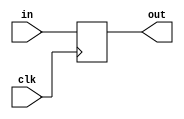
//write your code here.
module df (input wire clk, in, output wire out);
  reg df_out;
  always@(posedge clk) df_out <= in;
  assign out = df_out;
endmodule

module invert (input wire i, output wire o);
   assign o = !i;
endmodule

module and2 (input wire i0, i1, output wire o);
  assign o = i0 & i1;
endmodule

module dfr (input wire clk, reset, in, output wire out);
  wire reset_, df_in;
  invert invert_0 (reset, reset_);
  and2 and2_0 (in, reset_, df_in);
  df df_0 (clk, df_in, out);
endmodule

module dfrl (input wire clk, reset, load, in, output wire out);
  wire _in;
  mux2 mux2_0(out, in, load, _in);
  dfr dfr_1(clk, reset, _in, out);
endmodule

module dfrl_16(input wire clk,reset,load,input wire [0:15] in,output wire [0:15] out);
dfrl _f0(clk,reset,load,in[0],out[0]);
dfrl _f1(clk,reset,load,in[1],out[1]);
dfrl _f2(clk,reset,load,in[2],out[2]);
dfrl _f3(clk,reset,load,in[3],out[3]);
dfrl _f4(clk,reset,load,in[4],out[4]); 
dfrl _f5(clk,reset,load,in[5],out[5]);
dfrl _f6(clk,reset,load,in[6],out[6]);
dfrl _f7(clk,reset,load,in[7],out[7]);
dfrl _f8(clk,reset,load,in[8],out[8]);
dfrl _f9(clk,reset,load,in[9],out[9]);
dfrl _f10(clk,reset,load,in[10],out[10]);
dfrl _f11(clk,reset,load,in[11],out[11]);
dfrl _f12(clk,reset,load,in[12],out[12]);
dfrl _f13(clk,reset,load,in[13],out[13]);
dfrl _f14(clk,reset,load,in[14],out[14]);
dfrl _f15(clk,reset,load,in[15],out[15]);

endmodule

module mux2 (input wire i0, i1, j, output wire o);
  assign o = (j==0)?i0:i1;
endmodule

module mux4 (input wire [0:3] i, input wire j1, j0, output wire o);
  wire  t0, t1;
  mux2 mux2_0 (i[0], i[1], j1, t0);
  mux2 mux2_1 (i[2], i[3], j1, t1);
  mux2 mux2_2 (t0, t1, j0, o);
endmodule

module mux8 (input wire [0:7] i, input wire j2, j1, j0, output wire o);
  wire  t0, t1;
  mux4 mux4_0 (i[0:3], j2, j1, t0);
  mux4 mux4_1 (i[4:7], j2, j1, t1);
  mux2 mux2_0 (t0, t1, j0, o);
endmodule

module mux8_16 (input wire[0:15] i0,i1,i2,i3,i4,i5,i6,i7,input wire [0:2] j,output wire [0:15] o);
mux8 mux8_0({i0[0],i1[0],i2[0],i3[0],i4[0],i5[0],i6[0],i7[0]},j[0],j[1],j[2],o[0]);
mux8 mux8_1({i0[1],i1[1],i2[1],i3[1],i4[1],i5[1],i6[1],i7[1]},j[0],j[1],j[2],o[1]);
mux8 mux8_2({i0[2],i1[2],i2[2],i3[2],i4[2],i5[2],i6[2],i7[2]},j[0],j[1],j[2],o[2]);
mux8 mux8_3({i0[3],i1[3],i2[3],i3[3],i4[3],i5[3],i6[3],i7[3]},j[0],j[1],j[2],o[3]);
mux8 mux8_4({i0[4],i1[4],i2[4],i3[4],i4[4],i5[4],i6[4],i7[4]},j[0],j[1],j[2],o[4]);
mux8 mux8_5({i0[5],i1[5],i2[5],i3[5],i4[5],i5[5],i6[5],i7[5]},j[0],j[1],j[2],o[5]);
mux8 mux8_6({i0[6],i1[6],i2[6],i3[6],i4[6],i5[6],i6[6],i7[6]},j[0],j[1],j[2],o[6]);
mux8 mux8_7({i0[7],i1[7],i2[7],i3[7],i4[7],i5[7],i6[7],i7[7]},j[0],j[1],j[2],o[7]);
mux8 mux8_8({i0[8],i1[8],i2[8],i3[8],i4[8],i5[8],i6[8],i7[8]},j[0],j[1],j[2],o[8]);
mux8 mux8_9({i0[9],i1[9],i2[9],i3[9],i4[9],i5[9],i6[9],i7[9]},j[0],j[1],j[2],o[9]);
mux8 mux8_10({i0[10], i1[10], i2[10], i3[10], i4[10], i5[10], i6[10], i7[10]},j[0], j[1], j[2], o[10]);
mux8 mux8_11({i0[11], i1[11], i2[11], i3[11], i4[11], i5[11], i6[11], i7[11]},j[0], j[1], j[2], o[11]);
mux8 mux8_12({i0[12], i1[12], i2[12], i3[12], i4[12], i5[12], i6[12], i7[12]},j[0], j[1], j[2], o[12]);
mux8 mux8_13({i0[13], i1[13], i2[13], i3[13], i4[13], i5[13], i6[13], i7[13]},j[0], j[1], j[2], o[13]);
mux8 mux8_14({i0[14], i1[14], i2[14], i3[14], i4[14], i5[14], i6[14], i7[14]},j[14], j[1], j[2], o[14]);
mux8 mux8_15({i0[15], i1[15], i2[15], i3[15], i4[15], i5[15], i6[15], i7[15]},j[0], j[1], j[2], o[15]);

endmodule

module demux2 (input wire i, j, output wire o0, o1);
  assign o0 = (j==0)?i:1'b0;
  assign o1 = (j==1)?i:1'b0;
endmodule

module demux4 (input wire i, j1, j0, output wire [0:3] o);
  wire  t0, t1;
  demux2 demux2_0 (i, j1, t0, t1);
  demux2 demux2_1 (t0, j0, o[0], o[1]);
  demux2 demux2_2 (t1, j0, o[2], o[3]);
endmodule

module demux8 (input wire i, j2, j1, j0, output wire [0:7] o);
  wire  t0, t1;
  demux2 demux2_0 (i, j2, t0, t1);
  demux4 demux4_0 (t0, j1, j0, o[0:3]);
  demux4 demux4_1 (t1, j1, j0, o[4:7]);
endmodule

module reg_file (input wire clk, reset, wr, input wire [2:0] rd_addr_a, rd_addr_b, wr_addr, input wire [15:0] d_in, output wire [15:0] d_out_a, d_out_b);

wire [0:7] load;
wire [0:15] dout_0, dout_1, dout_2, dout_3, dout_4, dout_5, dout_6, dout_7;
dfrl_16 dfrl_16_0(clk, reset, load [0], d_in, dout_0);
dfrl_16 dfrl_16_1(clk, reset, load [1], d_in, dout_1);
dfrl_16 dfrl_16_2(clk, reset, load [2], d_in, dout_2);
dfrl_16 dfrl_16_3(clk, reset, load [3], d_in, dout_3);
dfrl_16 dfrl_16_4(clk, reset, load [4], d_in, dout_4);
dfrl_16 dfrl_16_5(clk, reset, load [5], d_in, dout_5);
dfrl_16 dfrl_16_6(clk, reset, load [6], d_in, dout_6);
dfrl_16 dfrl_16_7(clk, reset, load [7], d_in, dout_7);
demux8 demux8_0(wr, wr_addr[2], wr_addr[1], wr_addr[0], load);
mux8_16 mux8_16_9(dout_0, dout_1, dout_2, dout_3, dout_4, dout_5, dout_6, dout_7, rd_addr_a, d_out_a);
mux8_16 mux8_16_10(dout_0, dout_1, dout_2, dout_3, dout_4, dout_5, dout_6, dout_7, rd_addr_b, d_out_b);
endmodule